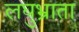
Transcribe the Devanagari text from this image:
लघुभ्राता